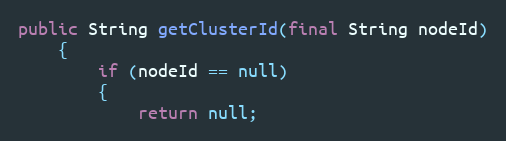
Language: Java
public String getClusterId(final String nodeId)
    {
        if (nodeId == null)
        {
            return null;